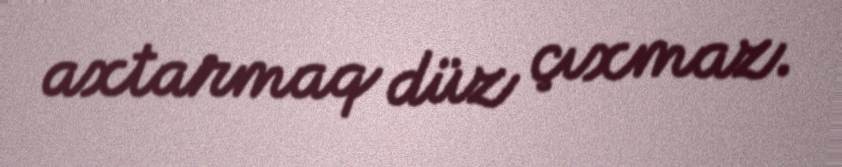
axtarmaq düz çıxmaz.